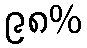
၉၈%